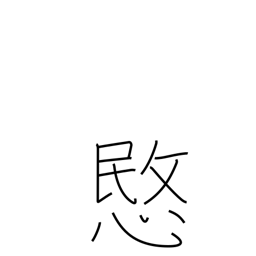
Meaning: pity